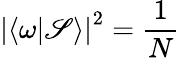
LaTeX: \left|\langle\omega|\mathscr{S}\rangle\right|^{2}={\frac{{1}}{{N}}}